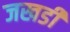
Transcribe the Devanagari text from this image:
जखडी